Indian journal of veterinary science and animal husbandry - Volumes 18-21, 1948-1951
Year: 1948
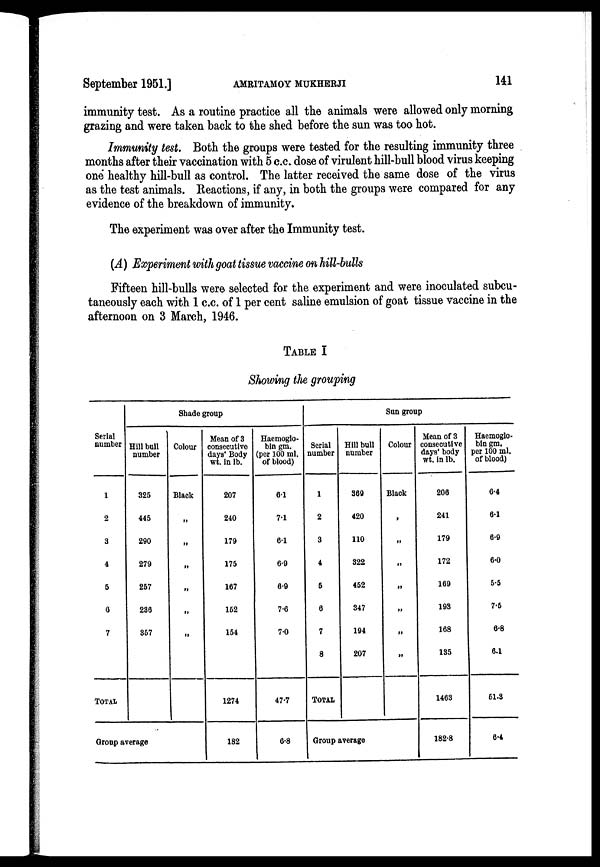
September 1951.]
AMRITAMOY
MUKHERJI
141
immunity test. As a routine practice all the animals were allowed only morning
grazing and were taken back to the shed before the sun was too hot.
Immunity test. Both the groups were tested for the resulting immunity three
months after their vaccination with 5 c.c. dose of virulent hill-bull blood virus keeping
one healthy hill-bull as control. The latter received the same dose of the virus
as the test animals. Reactions, if any, in both the groups were compared for any
evidence of the breakdown of immunity.
The experiment was over after the Immunity test.
(A) Experiment with goat tissue vaccine on hill-bulls
Fifteen hill-bulls were selected for the experiment and were inoculated subcu-
taneously each with 1 c.c. of 1 per cent saline emulsion of goat tissue vaccine in the
afternoon on 3 March, 1946.
TABLE I
Showing the grouping
Serial
number
1
2
3
4
5
6
7
TOTAL
Shade group
Hill bull
number
325
445
290
279
257
236
357
Group average
Colour
Black
„
„
„
„
„
„
Mean of 3
consecutive
days' Body
wt. in lb.
207
240
179
175
167
152
154
1274
182
Haemoglo-
bin gm.
(per 100 ml.
of blood)
61
7.1
61
6.9
6.9
7.6
7.0
47.7
6.8
Sun group
Serial
number
1
2
3
4
5
6
7
8
TOTAL
Hill bull
number
360
420
110
322
452
347
194
207
Group average
Colour
Black
„
„
„
„
„
„
„
Mean of 3
consecutive
days' body
wt. in lb.
206
241
179
172
169
193
168
135
1463
182.8
Haemoglo-
bin gm.
per 100 ml.
of blood)
6.4
6.1
6.9
6.0
5.5
7.5
6.8
6.1
51.3
6.4